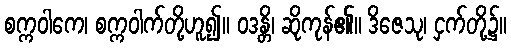
စက္ကဝါကေ၊ စက္ကဝါက်တို့ဟူ၍။ ဝဒန္တိ၊ ဆိုကုန်၏။ ဒိဇေသု၊ ငှက်တို့၌။